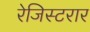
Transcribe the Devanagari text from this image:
रेजिस्टरार